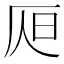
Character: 𣅦